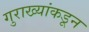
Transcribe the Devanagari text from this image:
गुराख्यांकडून